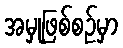
အမှုဖြစ်စဉ်မှာ